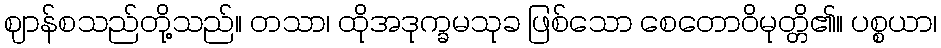
ဈာန်စသည်တို့သည်။ တသာ၊ ထိုအဒုက္ခမသုခ ဖြစ်သော စေတောဝိမုတ္တိ၏။ ပစ္စယာ၊